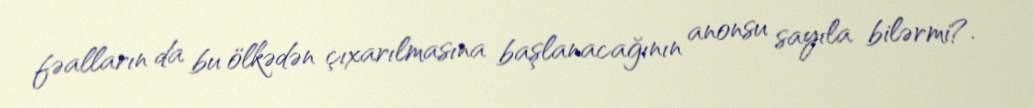
fəalların da bu ölkədən çıxarılmasına başlanacağının anonsu sayıla bilərmi?.